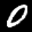
Label: 0